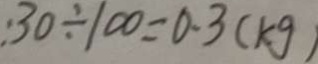
: 3 0 \div 1 0 0 = 0 . 3 ( k g )